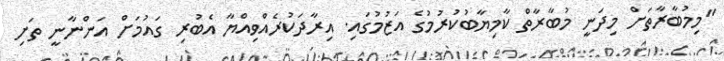
"މިމުބާރާތަށް މިދަނީ މުބާރާތް ކާމިޔާބުކުރުމުގެ އަޒުމުގައި. އިރާދަކުރެއްވިއްޔާ އެބުރި ގައުމަށް އަންނާނީ ތަށި